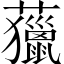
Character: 𧄵